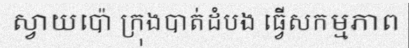
ស្វាយប៉ោ ក្រុងបាត់ដំបង ធ្វើសកម្មភាព